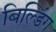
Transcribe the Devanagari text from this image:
बिल्‍डिंग